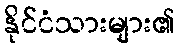
နိုင်ငံသားများ၏